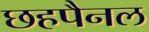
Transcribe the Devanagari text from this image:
छहपैनल